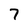
Character: 7